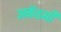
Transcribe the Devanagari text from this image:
अकॅडमी